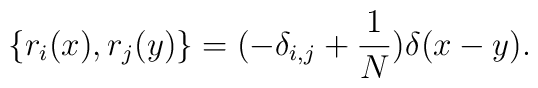
\{r_{i}(x),r_{j}(y)\}=(-\delta_{i,j}+\frac{1}{N})\delta(x-y).